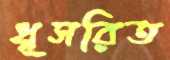
ধূসরিত